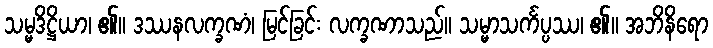
သမ္မဒိဋ္ဌိယာ၊ ၏။ ဒဿနလက္ခဏံ၊ မြင်ခြင်း လက္ခဏာသည်။ သမ္မာသင်္ကပ္ပဿ၊ ၏။ အဘိနိရော